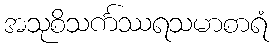
အသုစိသင်္ကဿရသမာစာရံ